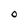
Character: O